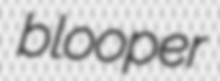
blooper